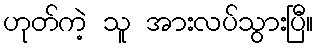
ဟုတ်ကဲ့ သူ အားလပ်သွားပြီ။